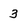
Character: 3